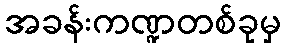
အခန်းကဏ္ဍတစ်ခုမှ